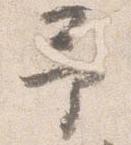
予